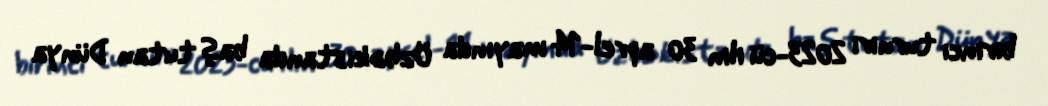
birinci turniri 2023-cü ilin 30 aprel-14 mayında Özbəkistanda baş tutan Dünya